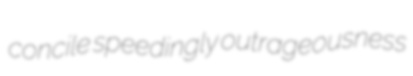
concile speedingly outrageousness